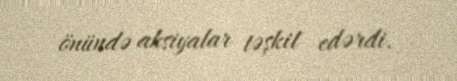
önündə aksiyalar təşkil edərdi.